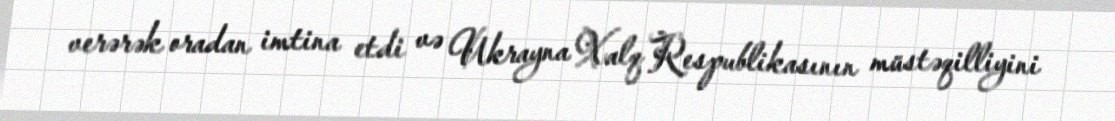
verərək oradan imtina etdi və Ukrayna Xalq Respublikasının müstəqilliyini